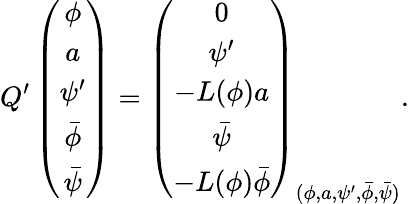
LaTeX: Q^{\prime}\left(\begin{array}{c}{{\phi}}\\ {{a}}\\ {{\psi^{\prime}}}\\ {{\bar{\phi}}}\\ {{\bar{\psi}}}\end{array}\right)=\left(\begin{array}{c}{{0}}\\ {{\psi^{\prime}}}\\ {{-L(\phi)a}}\\ {{\bar{\psi}}}\\ {{-L(\phi)\bar{\phi}}}\end{array}\right)_{(\phi,a,\psi^{\prime},\bar{\phi},\bar{\psi})}.